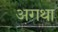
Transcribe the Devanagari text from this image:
अगथा